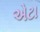
એટા